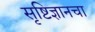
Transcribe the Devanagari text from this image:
सृष्टिज्ञानचा